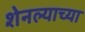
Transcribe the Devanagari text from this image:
शेनल्याच्या